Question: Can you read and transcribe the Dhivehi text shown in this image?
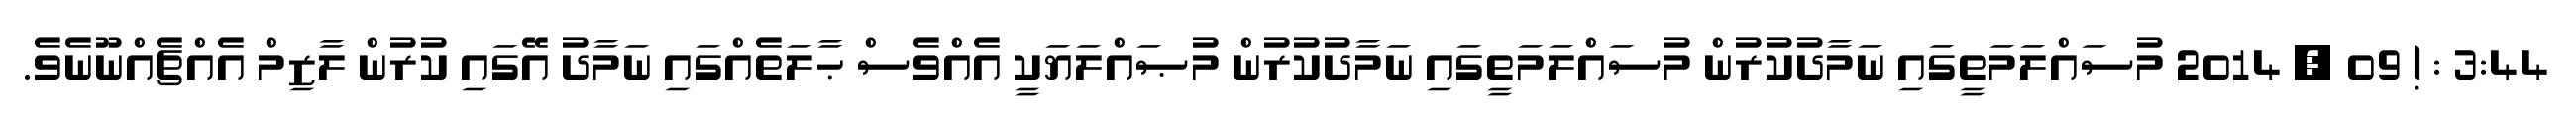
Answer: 3:44 : ! 09 , 2014 މުސައްލަމަތީގައި ނަމާދުކުރުން މުސައްލަމަތީގައި ނަމާދުކުރުން މުޞައްލަޔަކީ އެއްވެސް ޙާލަތެއްގައި ނަމާދު އޭގައި ކުރުން ލާޒިމް އެއްޗެއްނޫނެވެ.